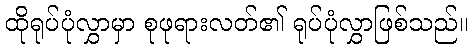
ထိုရုပ်ပုံလွှာမှာ စုဖုရားလတ်၏ ရုပ်ပုံလွှာဖြစ်သည်။